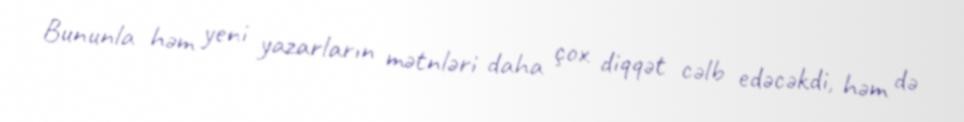
Bununla həm yeni yazarların mətnləri daha çox diqqət cəlb edəcəkdi, həm də